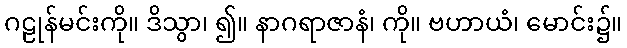
ဂဠုန်မင်းကို။ ဒိသွာ၊ ၍။ နာဂရာဇာနံ၊ ကို။ ဗဟာယံ၊ မောင်း၌။